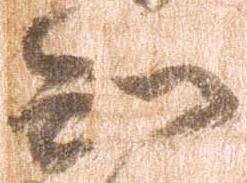
知